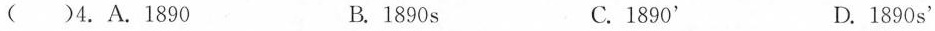
( )4.A.1890 B. 1890 s C. 1890^{,} D.1890 s^{,}